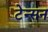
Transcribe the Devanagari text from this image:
टेन्सन